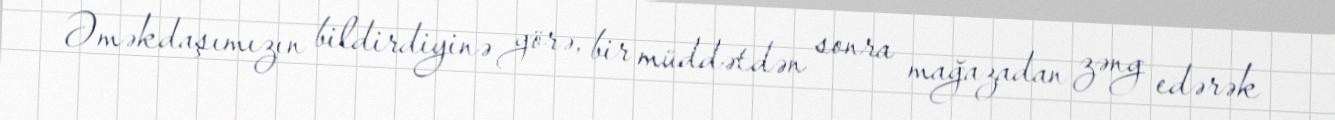
Əməkdaşımızın bildirdiyinə görə, bir müddətdən sonra mağazadan zəng edərək